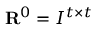
\mathbf { R } ^ { 0 } = I ^ { t \times t }